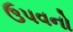
ઉપવનો